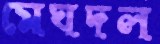
মেঘদল